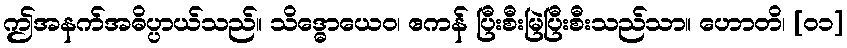
ဤအနက်အဓိပ္ပာယ်သည်။ သိဒ္ဓောယေဝ၊ ဧကန် ပြီးစီးမြဲပြီးစီးသည်သာ။ ဟောတိ၊ [၀၁]